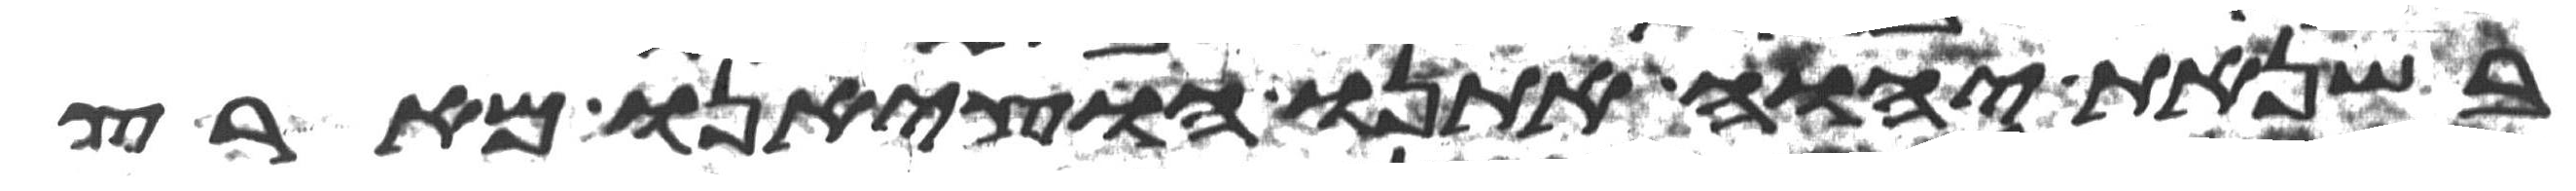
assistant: בשנאת יהוה אתנו הוציאנו מארץ